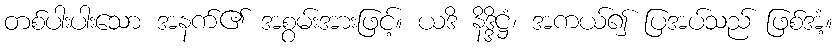
တစ်ပါးပါးသော အနက်၏ အစွမ်းအားဖြင့်။ ယဒိ နိဒ္ဒိဋ္ဌံ၊ အကယ်၍ ပြအပ်သည် ဖြစ်အံ့။